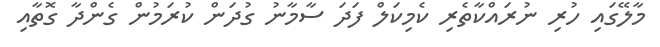
މާލޭގައި ހުރި ނުރައްކާތެރި ކެމިކަލް ފަދަ ސާމާނު ގުދަން ކުރަމުން ގެންދާ ގޮތާއި